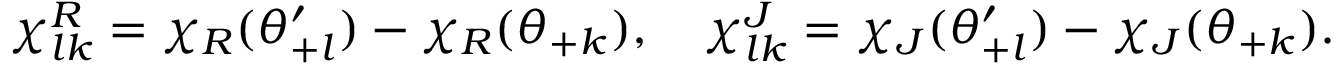
\chi _ { l k } ^ { R } = \chi _ { R } ( \theta _ { + l } ^ { \prime } ) - \chi _ { R } ( \theta _ { + k } ) , \quad \chi _ { l k } ^ { J } = \chi _ { J } ( \theta _ { + l } ^ { \prime } ) - \chi _ { J } ( \theta _ { + k } ) .